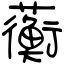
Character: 蘅